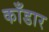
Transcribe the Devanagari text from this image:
काँडार